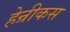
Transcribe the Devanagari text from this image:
हेन्रीकस